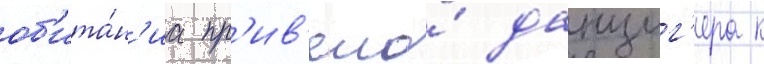
об'ита́н'иа пр'ив'ело́ данциг'ера к